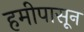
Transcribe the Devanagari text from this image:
हमीपासून